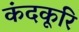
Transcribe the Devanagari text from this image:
कंदकूरि